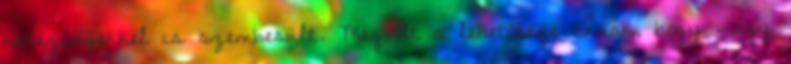
nehézségekkel is szembesült. Megvolt a lehetősége annak, hogy „nagy